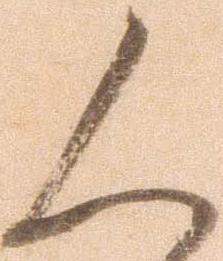
人